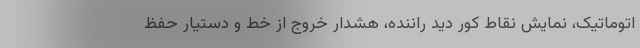
اتوماتیک، نمایش نقاط کور دید راننده، هشدار خروج از خط و دستیار حفظ